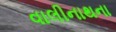
વાલીનાથના